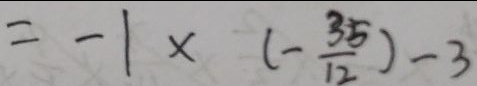
= - 1 \times ( - \frac { 3 5 } { 1 2 } ) - 3